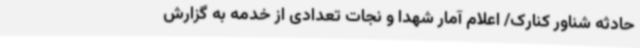
حادثه شناور کنارک/ اعلام آمار شهدا و نجات تعدادی از خدمه به گزارش